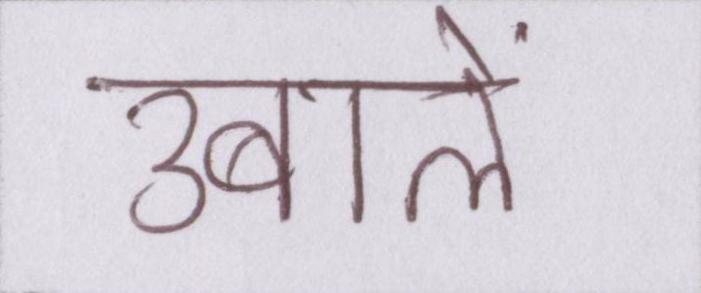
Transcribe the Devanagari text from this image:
उबालें